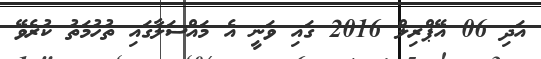
އަދި 06 އޭޕްރިލް 2016 ގައި ވަނީ އެ މައްސަލާގައި ތުހުމަތު ކުރެވޭ